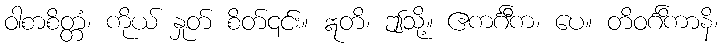
ဝါစာစိတ္တံ၊ ကိုယ် နှုတ် စိတ်၎င်း။ ဣတိ၊ ဤသို့။ ဧကင်္ဂီက၊ ပေ။ တိဝင်္ဂိကာနိ၊